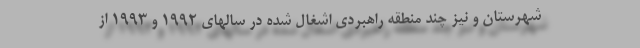
شهرستان و نیز چند منطقه راهبردی اشغال شده در سالهای ۱۹۹۲ و ۱۹۹۳ از